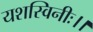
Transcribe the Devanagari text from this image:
यशस्विनीः।।